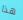
هذا